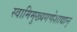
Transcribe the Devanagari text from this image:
स्वामिमुख्यगणेशाद्यान्